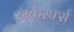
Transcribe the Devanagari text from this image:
स्र्फेर्स्फ्स